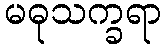
မဓုသက္ခရာ